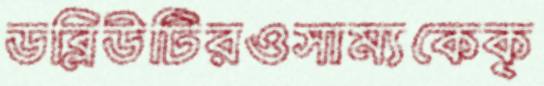
ডব্লিউটিরওসাম্যকেকৃ